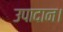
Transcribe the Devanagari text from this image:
उपादान।